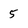
Character: 5